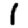
Digit: 1